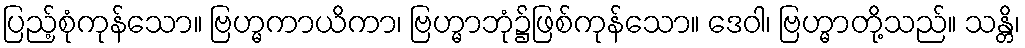
ပြည့်စုံကုန်သော။ ဗြဟ္မကာယိကာ၊ ဗြဟ္မာဘုံ၌ဖြစ်ကုန်သော။ ဒေဝါ၊ ဗြဟ္မာတို့သည်။ သန္တိ၊